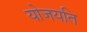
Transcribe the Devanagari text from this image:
योजयति